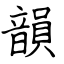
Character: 韻